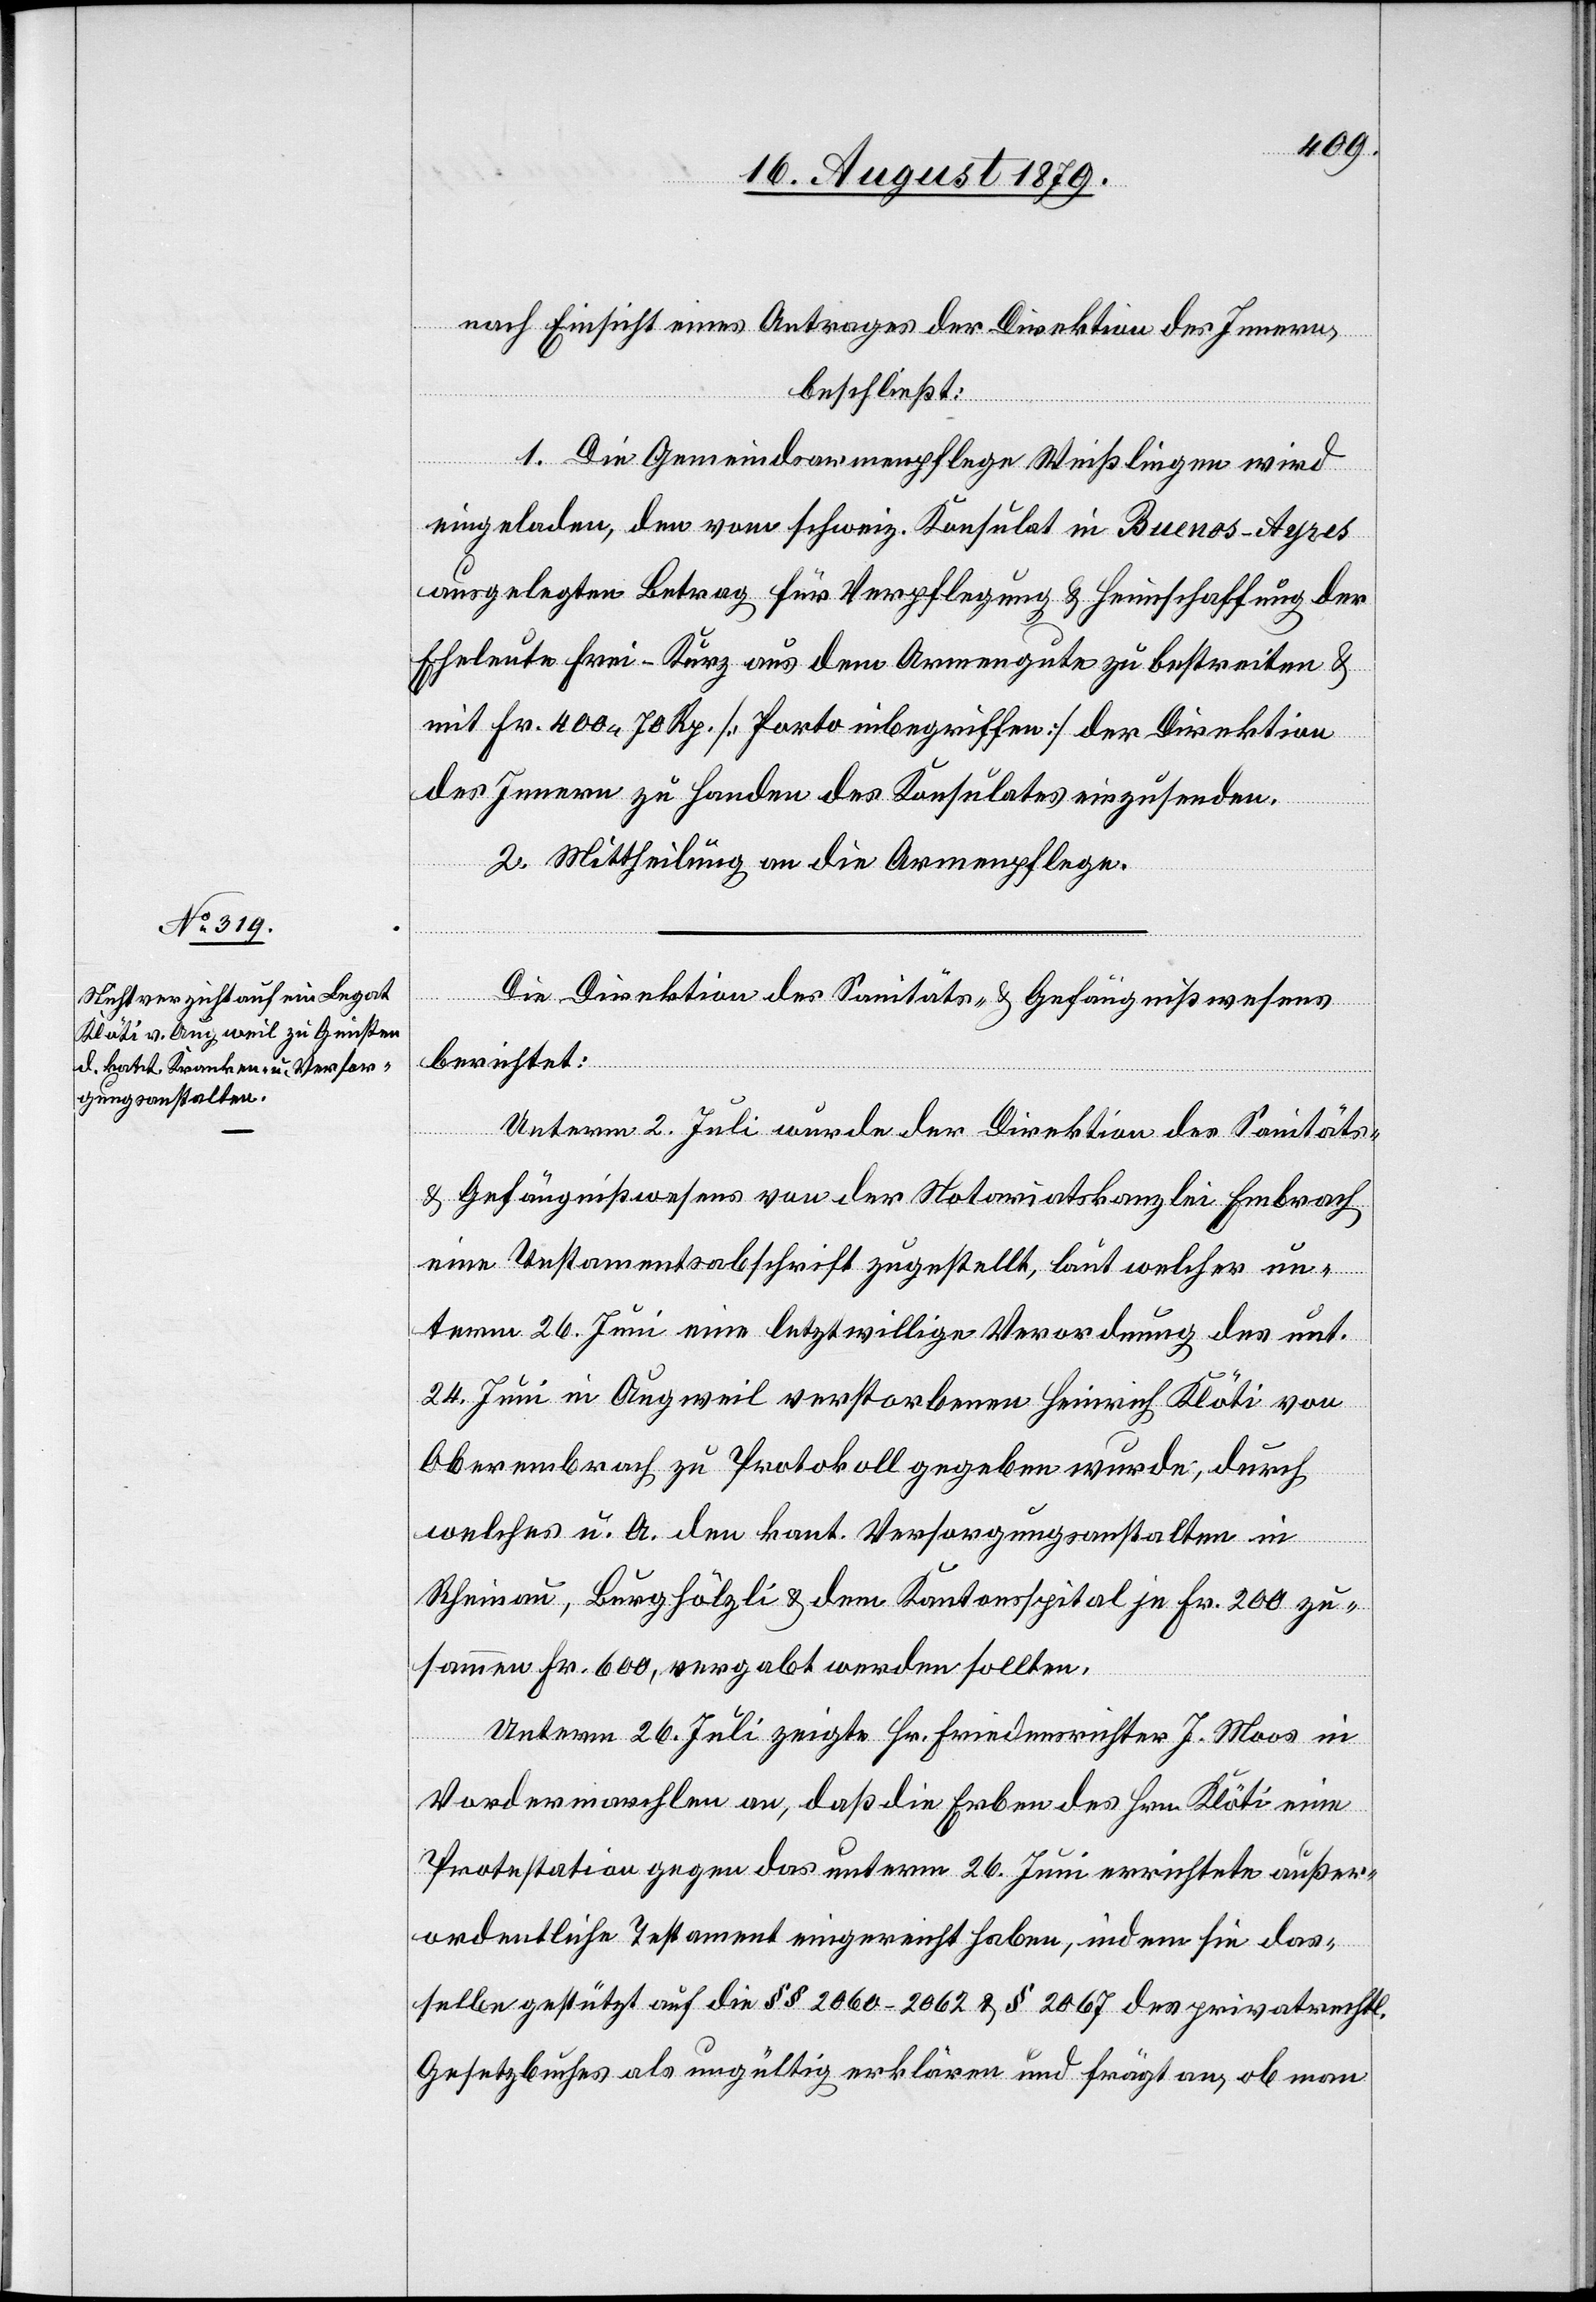
nach Einsicht eines Antrages der Direktion des Innern,
beschließt:
1. Die Gemeindsarmenpflege Weißlingen wird
eingeladen, den vom schweiz. Konsulat in Buenos-Ayres
ausgelegten Betrag für Verpflegung & Heimschaffung der
Eheleute Frei-Kurz aus dem Armengute zu bestreiten &
mit Fr. 400 70 Rp. [Porto inbegriffen] der Direktion
des Innern zu Handen des Konsulates einzusenden.
2. Mittheilung an die Armenpflege.
Die Direktion des Sanitäts- & Gefängnißwesens
berichtet:
Unterm 2. Juli wurde der Direktion des Sanitäts-
& Gefängnißwesens von der Notariatskanzlei Embrach
eine Testamentsabschrift zugestellt, laut welcher un¬
term 26. Juni eine letztwillige Verordnung des unt.
24. Juni in Augweil verstorbenen Heinrich Klöti von
Oberembrach zu Protokoll gegeben wurde, durch
welches u. A. den kant. Versorgungsanstalten in
Rheinau, Burghölzli & dem Kantonsspital je Fr. 200 zu¬
sammen Fr. 600, vergabt werden sollten.
Unterm 26. Juli zeigte Hr. Friedensrichter J. Moos in
Vordermarchlen an, daß die Erben des Hrn. Klöti eine
Protestation gegen das unterm 26. Juni errichtete außer¬
ordentliche Testament eingereicht haben, indem sie das¬
selbe gestützt auf die §§ 2060–2062 & § 2067 des privatrechtl.
Gesetzbuches als ungültig erklären und frägt an, ob man